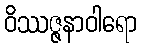
ဝိဿဇ္ဇနာဝါရော